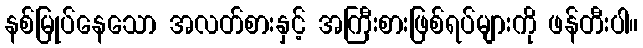
နစ်မြုပ်နေသော အလတ်စားနှင့် အကြီးစားဖြစ်ရပ်များကို ဖန်တီးပါ။